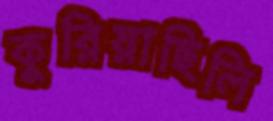
কুরিয়াছিলি